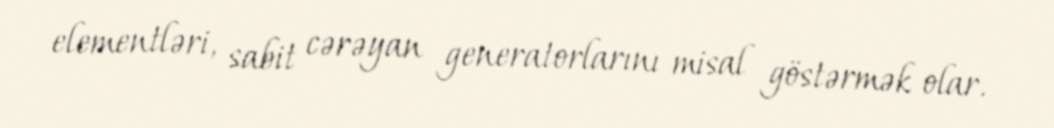
elementləri, sabit cərəyan generatorlarını misal göstərmək olar.